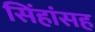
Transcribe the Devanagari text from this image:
सिंहांसह